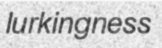
lurkingness